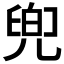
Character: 𠙧